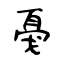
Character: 戞